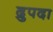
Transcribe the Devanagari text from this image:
द्रुपदा